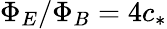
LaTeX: \Phi_{E}/\Phi_{B}=4c_{*}